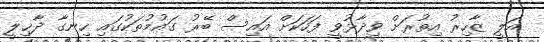
އަލީ ޒާހިރު އިތުރަށް ވިދާޅުވީ ފަހަކަށް އައިސް ބޭރު ގައުމުތަކުގައި ހިނގާ ދާޚިލީ